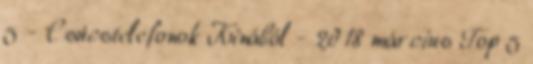
5 - Csúcstelefonok Kínából - 2018 március Top 5